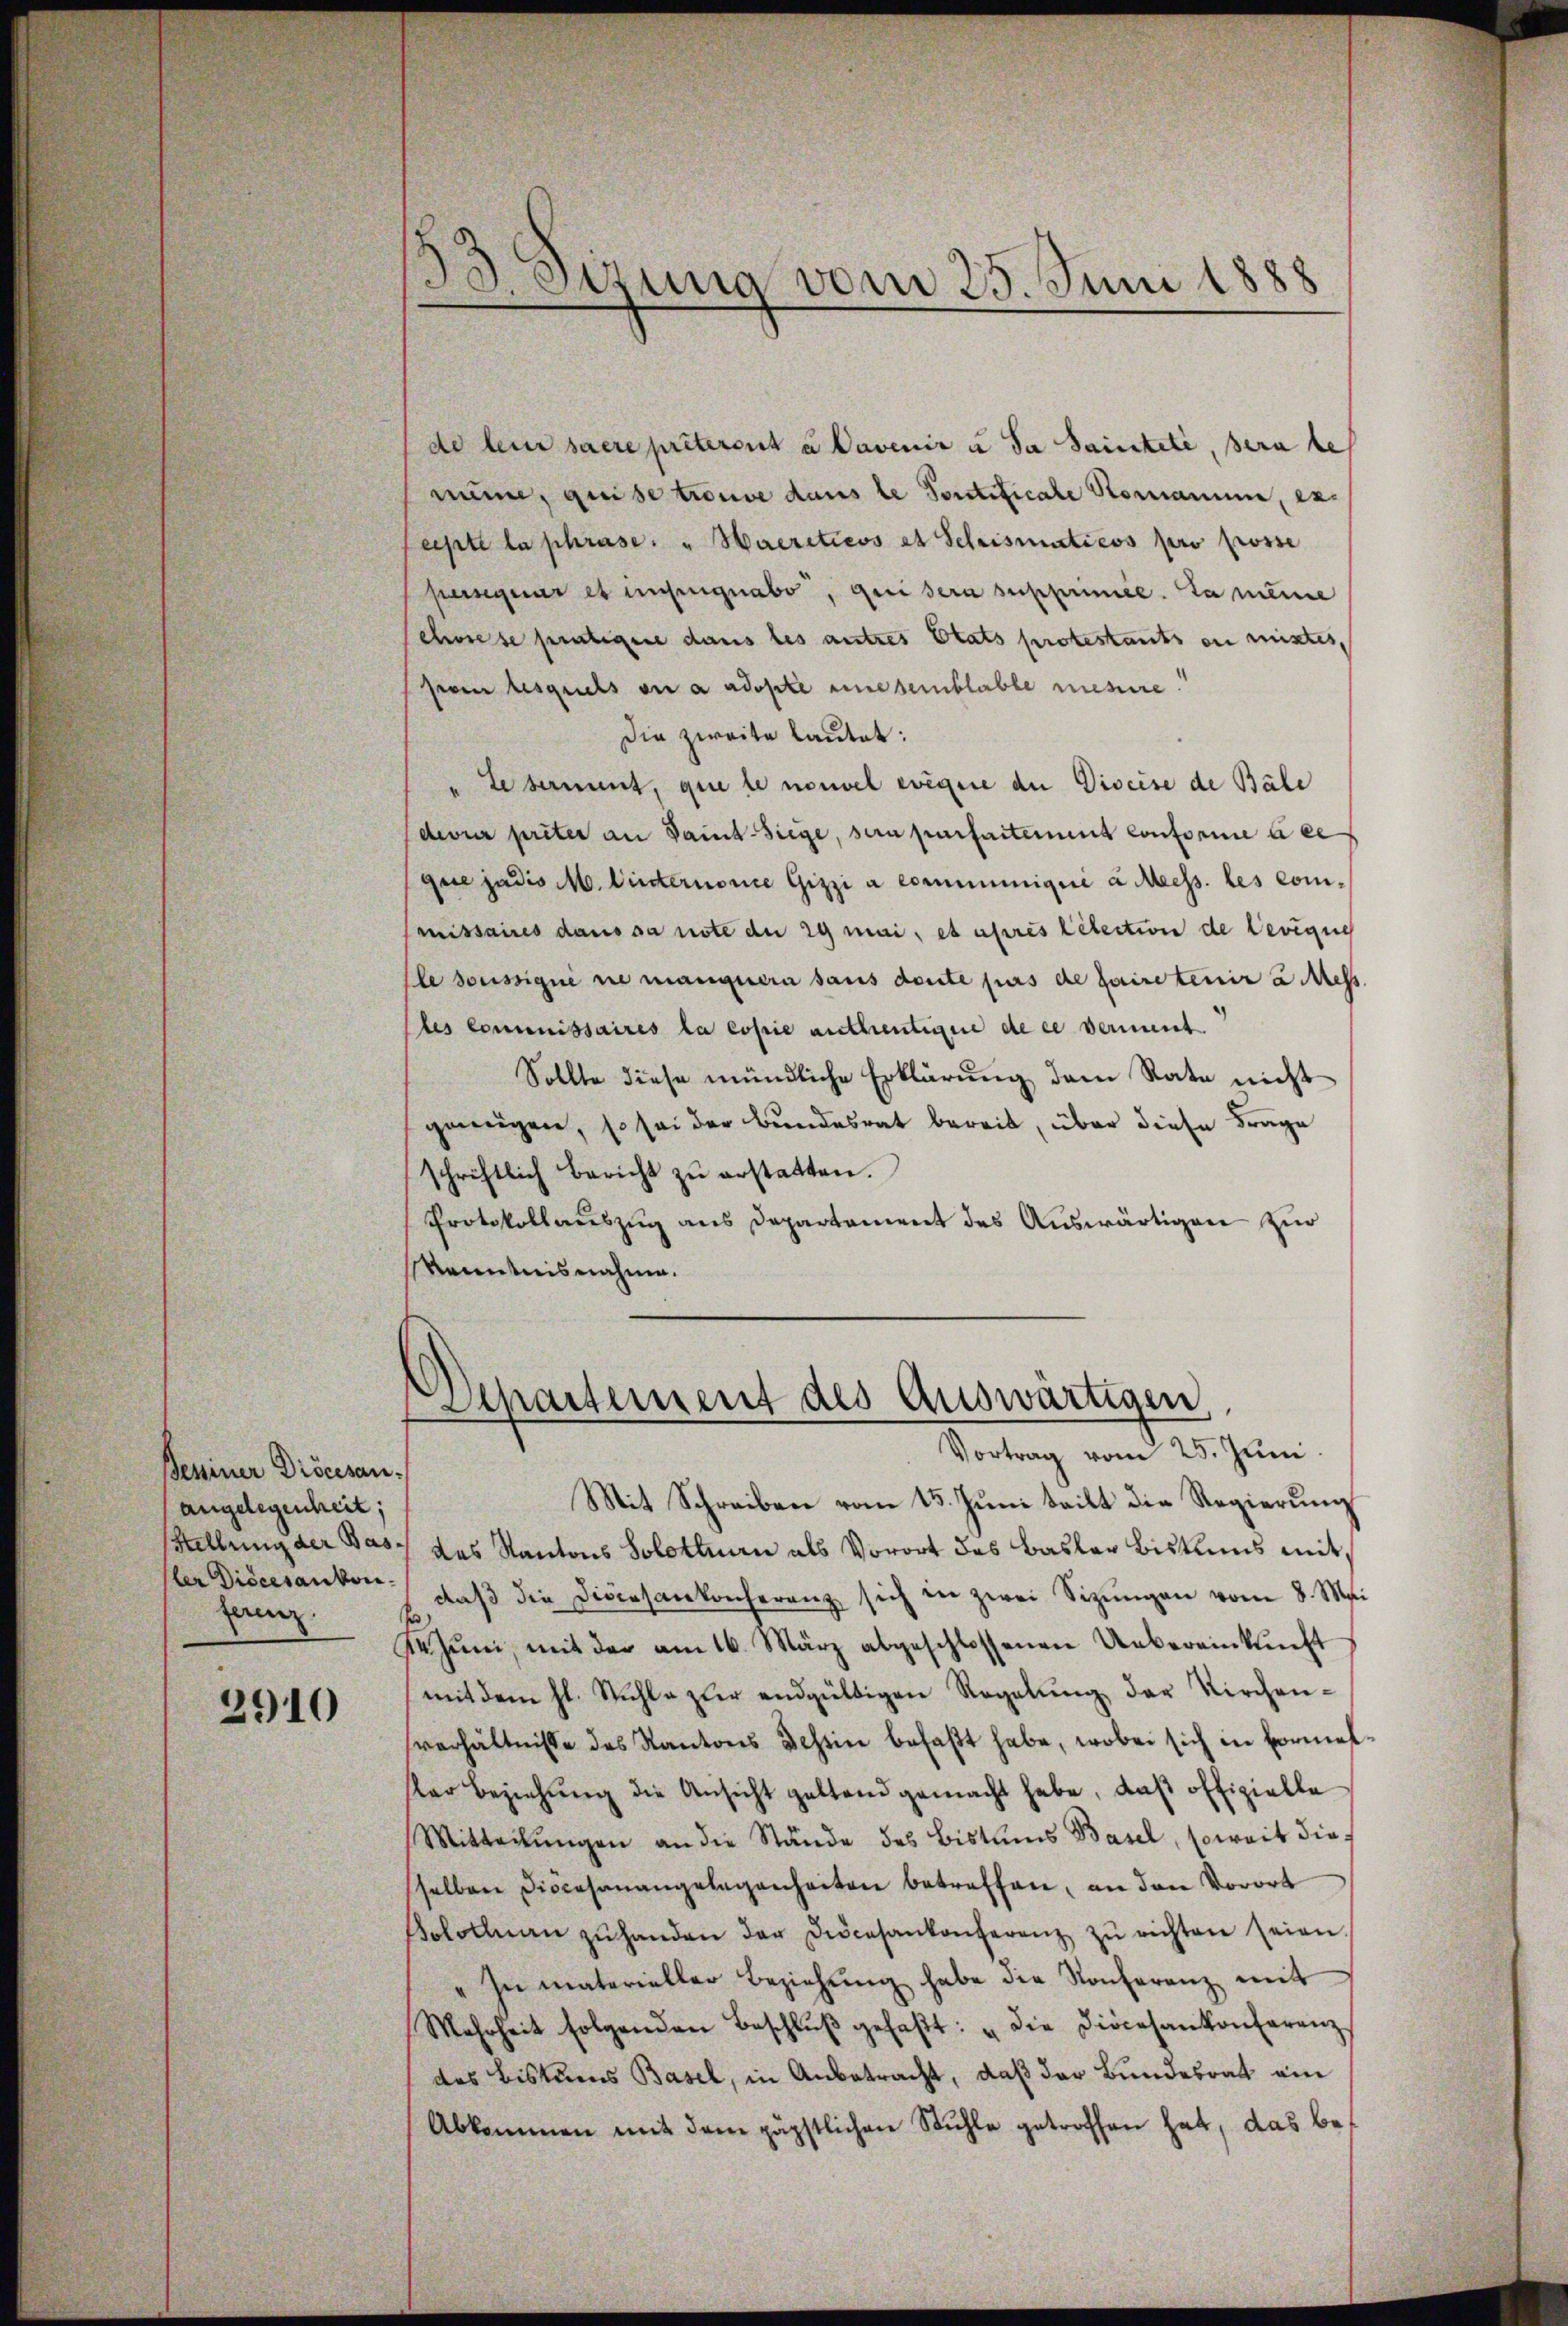
Beminer Diöcesanangelegenheit;
Stellung der Basler Diöcesankonhan.

2910

53 Jizuna vom 25 Juni 1888

de leur saere prêteront à Cavenir u. da Saintele, sera tes
mune, qui se trouve dans le Portificale Hornamine, ex-
eipte la phrase. " Haeritiers et Schrismaticos pro posse
pusiquer et innignabo, qui sera supprimie. Da meine
chwiese peutigere dans les autres Etats protestants ein mistes,
feren lesquels ou à adopte une semblable messire
Die zweite lautet:
" Le temmt, que le nouvel eigere an Diseise de Bäle
dever prêter an Danck-Siege, sera parfaitement conforme à ce
que judis M. Lindernome Gizzi a communiqué à Meess. les commissaires dans sa note du 29 mai, et après litection de Devigue
Ele soussigne sie mangern sans deute purs de faire tenir u. Mess.
les commissaires la copie antheutigene de ce verment
Sollte diese mündliche Erklärung dem Rate nicht
genügen, so sei der Bundesrat bereit, über diese Frage
schriftlich bericht zŭ erstatten.
Protokollauszug aus Departement des Auswärtigen zur
Kenntnisnahme.

Apartement des Auswärtigen
Vortrag vom 25. Juni.

Mit Schreiben vom 15. Juni teilt die Regierung
das Kantons Solothurn als Vorort des Basler Bistums mit
daβ die Diocesankonferenz sich in zwei Sizŭngen vom 8. Mai
Sehŭni, mit der am 16. März abgeschlossenen Uebereinkunft
mit dem hl. Stuhle zur endgültigen Regelŭng der Kirchen-
verhältnisse des Kantons Schein befaßt habe, wobei sich in Formeller Beziehŭng die Ansicht geltend gemacht habe, daß offizielle
Mitteilŭngen an die Stände des Bistums Basel, soweit dies
sselben Diocesanangelegenheiten betreffen, an den Vorort
Bolotenen zŭ handen der Diocesankonferenz zŭ richten seien.
" In materieller Beziehŭng habe die Konferenz mit
Mehrheit folgenden Beschlŭβ gefaβt: "Die Diocesankonferenz
des Bistums Basel, in Anbetracht, daß der Bundesrat ain
Abkommen mit dem päpstlichen Stühle getroffen hat, das be¬